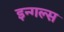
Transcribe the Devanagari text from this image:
इन्गल्स